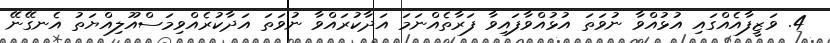
4. ވަޒީފާއެއްގައި އުޅުއްވާ ނުވަތަ އުޅުއްވާފައިވާ ފަރާތެއްނަމަ އަދާކުރައްވާ ނުވަތަ އަދާކުރެއްވިމަސްއޫލިއްޔަތު އެނގޭނޭ